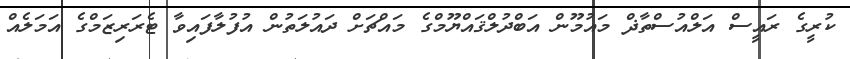
ކުރީގެ ރައީސް އަލްއުސްތާޛް މައުމޫން އަބްދުލްޤައްޔޫމްގެ މައްޗަށް ދައުލަތުން އުފުލާފައިވާ ޓެރަރިޒަމްގެ އަމަލެއް